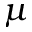
\mu